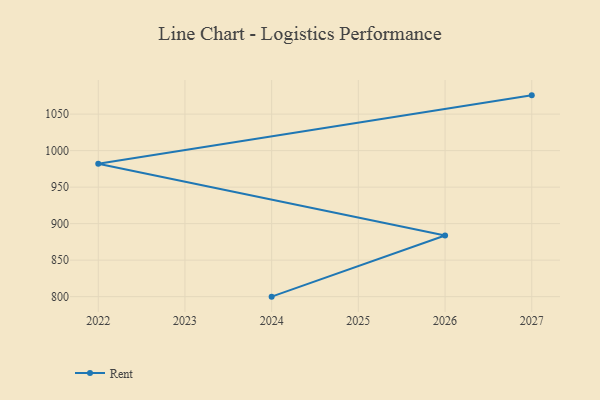
{"axis": {"x": "Year", "y": "Production Output"}, "legend": ["Rent"], "data": [{"x": "2027", "y": 1075.7, "type": "Rent"}, {"x": "2022", "y": 982.1, "type": "Rent"}, {"x": "2026", "y": 883.8, "type": "Rent"}, {"x": "2024", "y": 800, "type": "Rent"}]}